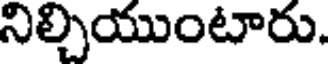
నిల్చియుంటారు.